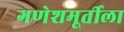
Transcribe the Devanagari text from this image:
गणेशमूर्तीला